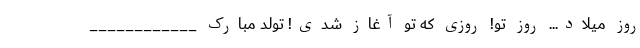
روز میلاد... روز تو! روزی که تو آغاز شدی! تولد مبارک ____________